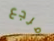
مرجع